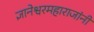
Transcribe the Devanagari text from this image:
ज्ञानेश्वरमहाराजांनी